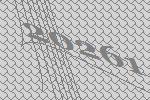
20261